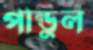
পান্ডুল